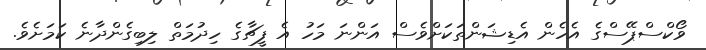
ވޯކްސްޕޭސްގެ އެހެން އެޑިޝަންތަކަށްވެސް އަންނަ މަހު އެ ފީޗާގެ ހިދުމަތް ލިބިގެންދާނެ ކަމަށެވެ.